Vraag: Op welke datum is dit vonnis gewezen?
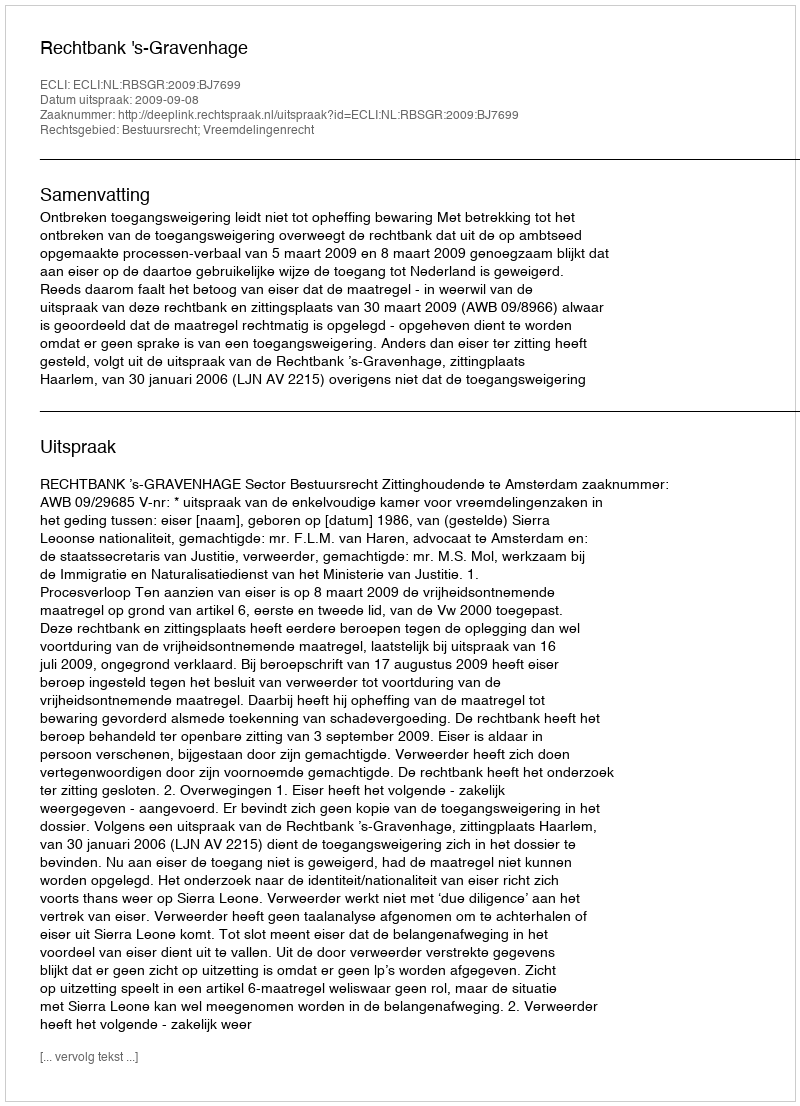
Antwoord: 2009-09-08